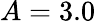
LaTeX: A=3.0